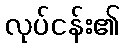
လုပ်ငန်း၏